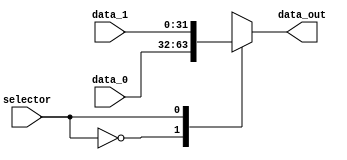
module mux_2to1 (
  input                     selector,
  input     wire    [31:0]  data_0,
  input     wire    [31:0]  data_1,
  output    reg     [31:0]  data_out
);

    always @(*) begin
        case (selector)
            1'b0: data_out = data_0;
            1'b1: data_out = data_1;
        endcase
    end

endmodule